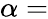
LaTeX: \alpha=